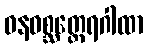
ဝနဝစ္ဆတ္ထေရဂါထာ